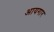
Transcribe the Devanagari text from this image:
आयगार